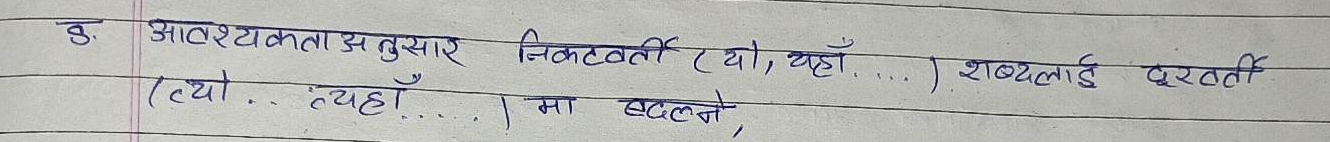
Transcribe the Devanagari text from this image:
क. आवश्यकता अनुसार निकटवर्ती (यो, यहाँ...) शब्दलाई दूरवर्ती
(त्यो... त्यहाँ...) मा बदल्ने,